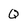
Character: Q